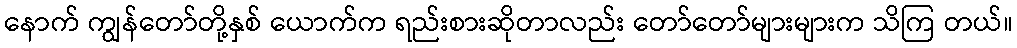
နောက် ကျွန်တော်တို့နှစ် ယောက်က ရည်းစားဆိုတာလည်း တော်တော်များများက သိကြ တယ်။